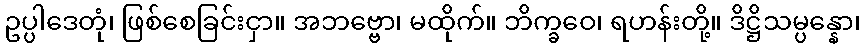
ဥပ္ပါဒေတုံ၊ ဖြစ်စေခြင်းငှာ။ အဘဗ္ဗော၊ မထိုက်။ ဘိက္ခဝေ၊ ရဟန်းတို့။ ဒိဋ္ဌိသမ္ပန္နော၊